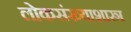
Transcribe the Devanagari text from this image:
लोकसंख्याशास्त्र